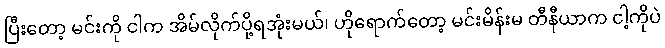
ပြီးတော့ မင်းကို ငါက အိမ်လိုက်ပို့ရအုံးမယ်၊ ဟိုရောက်တော့ မင်းမိန်းမ တီနီယာက ငါ့ကိုပဲ